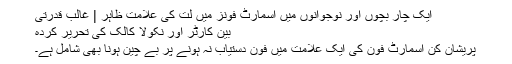
ایک چار بچوں اور نوجوانوں میں اسمارٹ فونز میں لت کی علامت ظاہر | غالب قدرتی
بین کارٹر اور نکولا کالک کی تحریر کردہ
پریشان کن اسمارٹ فون کی ایک علامت میں فون دستیاب نہ ہونے پر بے چین ہونا بھی شامل ہے۔